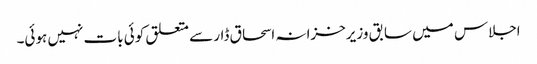
اجلاس میں سابق وزیرخزانہ اسحاق ڈار سے متعلق کوئی بات نہیں ہوئی۔